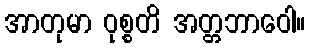
အာတုမာ ဝုစ္စတိ အတ္တဘာဝေါ။